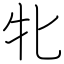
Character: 牝